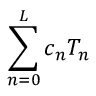
\sum _ { n = 0 } ^ { L } c _ { n } T _ { n }